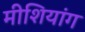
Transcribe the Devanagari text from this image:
मीशियांग